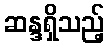
ဆန္ဒရှိသည့်